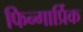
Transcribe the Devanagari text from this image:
फिन्गार्प्रिक